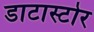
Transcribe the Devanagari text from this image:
डाटास्टोर